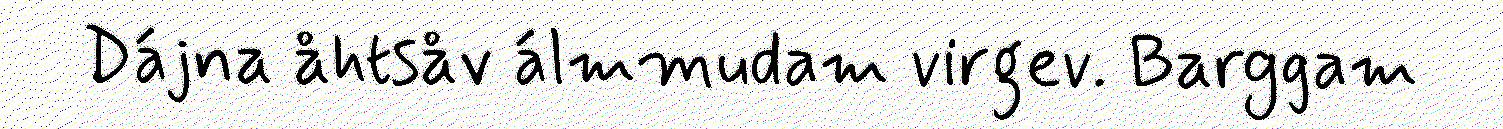
Dájna åhtsåv álmmudam virgev. Barggam